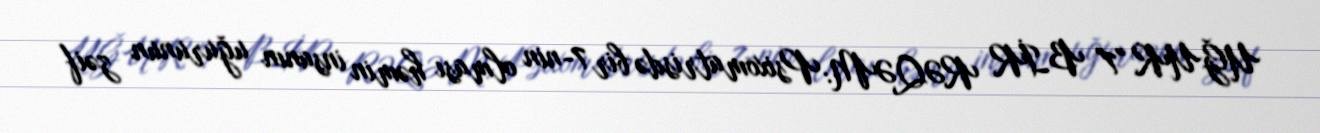
UĞUR "7" BİR RƏQƏM: Psixomatrisdə bir 7-nin olması həmin insanın uğurunun zəif